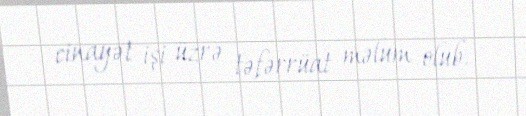
cinayət işi üzrə təfərrüat məlum olub.